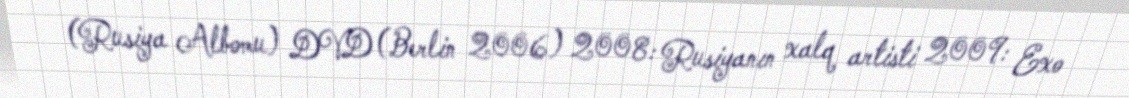
(Rusiya Albomu) DVD (Berlin 2006) 2008: Rusiyanın xalq artisti 2009: Exo